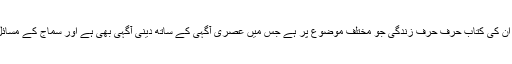
انہوں نے کہا کہ ان کی کتاب حرف حرف زندگی جو مختلف موضوع پر ہے جس میں عصری آگہی کے ساتھ دینی آگہی بھی ہے اور سماج کے مسائل کا حل بھی ہے۔